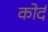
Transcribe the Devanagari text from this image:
कोर्द